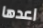
اعدها